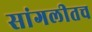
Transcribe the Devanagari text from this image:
सांगलीतच